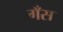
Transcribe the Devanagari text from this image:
गँस